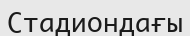
Стадиондағы